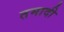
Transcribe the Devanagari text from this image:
तमादी